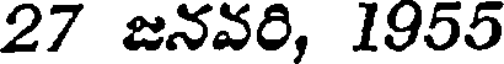
27 జనవరి, 1955